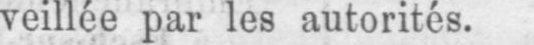
veillée par les autorités.